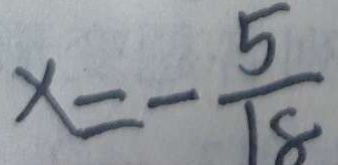
x = - \frac { 5 } { 1 8 }